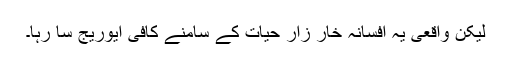
لیکن واقعی یہ افسانہ خار زارِ حیات کے سامنے کافی ایوریج سا رہا۔